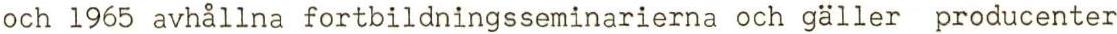
och 1965 avhållna fortbildningsseminarierna och gäller producenter